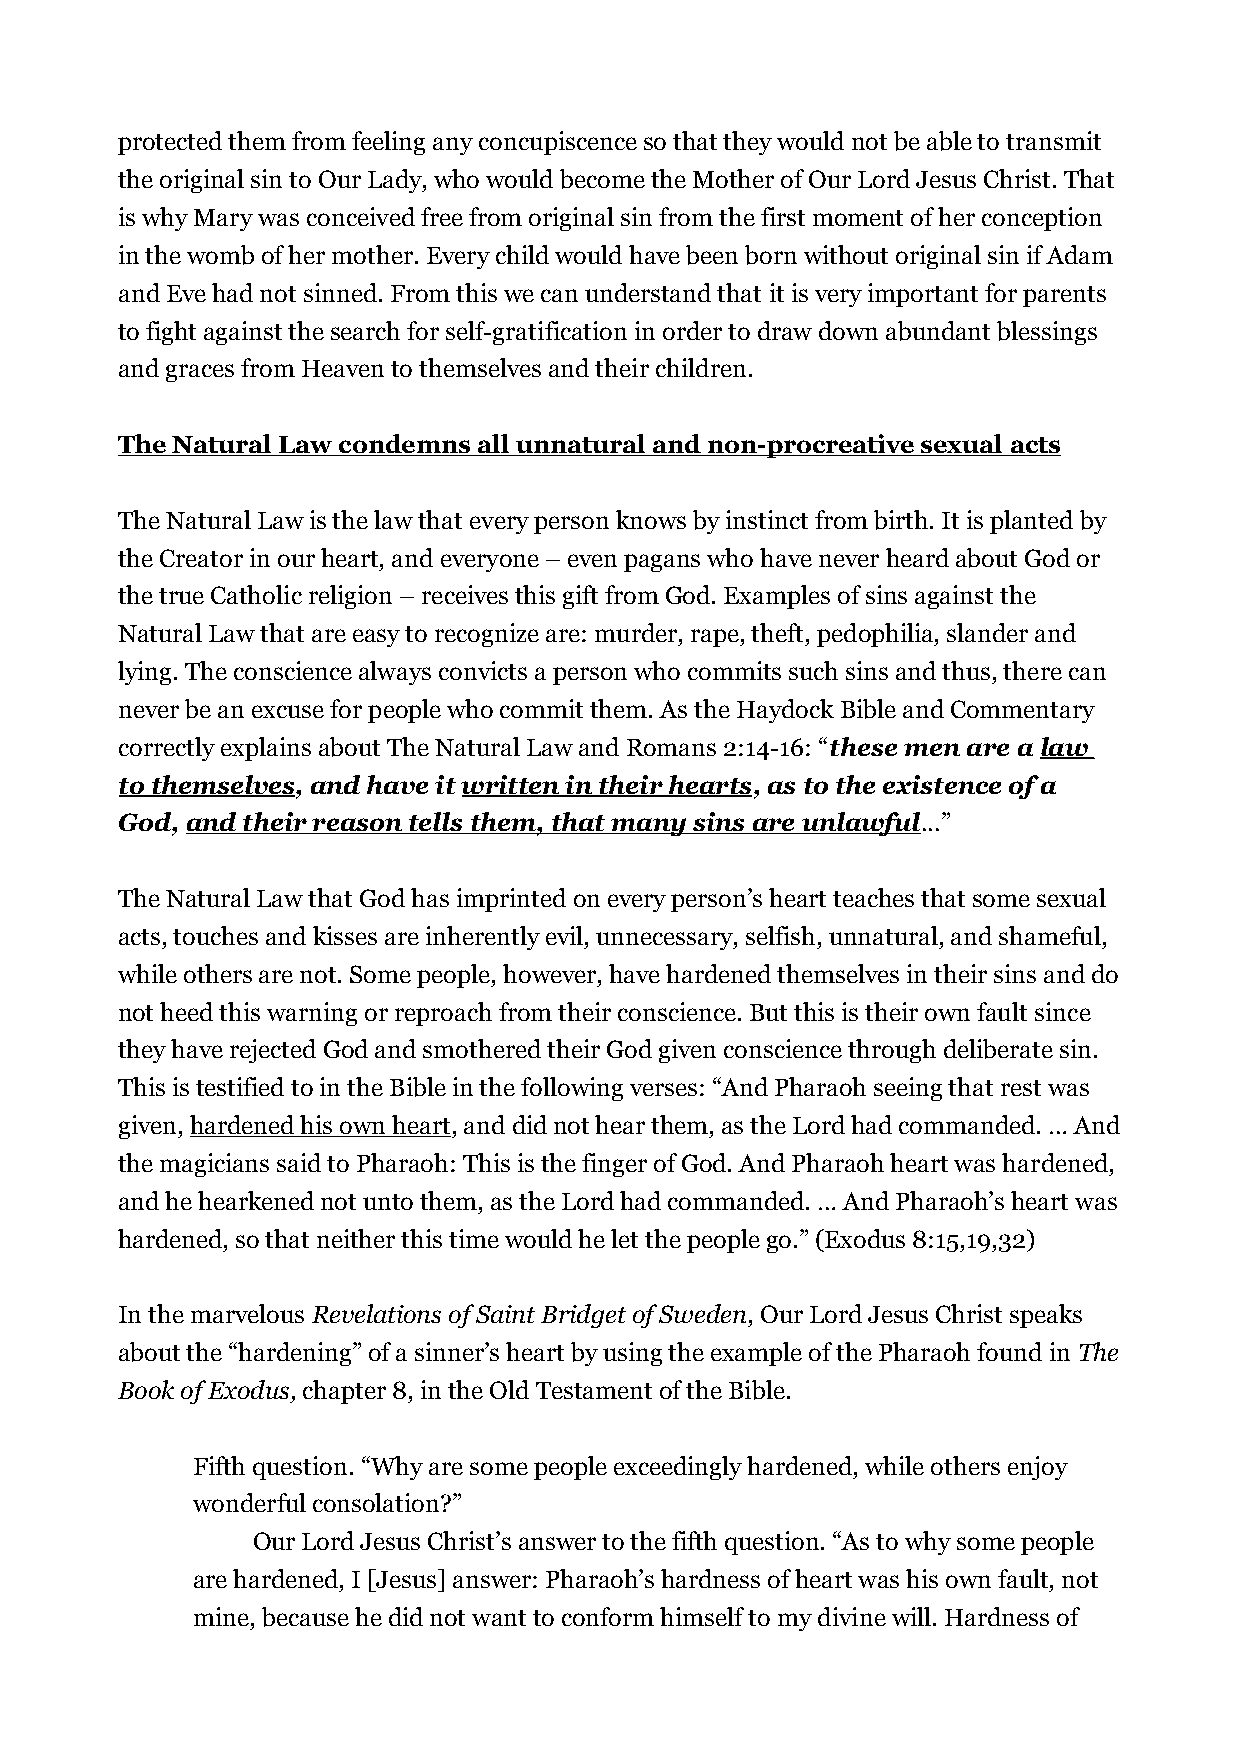
protected them from feeling any concupiscence so that they would not be able to transmit
 the original sin to Our Lady, who would become the Mother of Our Lord Jesus Christ. That
 is why Mary was conceived free from original sin from the first moment of her conception
 in the womb of her mother. Every child would have been born without original sin if Adam
 and Eve had not sinned. From this we can understand that it is very important for parents
 to fight against the search for self-gratification in order to draw down abundant blessings
 and graces from Heaven to themselves and their children.
 The Natural Law condemns all unnatural and non-procreative sexual acts
 The Natural Law is the law that every person knows by instinct from birth. It is planted by
 the Creator in our heart, and everyone – even pagans who have never heard about God or
 the true Catholic religion – receives this gift from God. Examples of sins against the
 Natural Law that are easy to recognize are: murder, rape, theft, pedophilia, slander and
 lying. The conscience always convicts a person who commits such sins and thus, there can
 never be an excuse for people who commit them. As the Haydock Bible and Commentary
 correctly explains about The Natural Law and Romans 2:14-16: “these men are a law
 to themselves, and have it written in their hearts, as to the existence of a
 God, and their reason tells them, that many sins are unlawful...”
 The Natural Law that God has imprinted on every person’s heart teaches that some sexual
 acts, touches and kisses are inherently evil, unnecessary, selfish, unnatural, and shameful,
 while others are not. Some people, however, have hardened themselves in their sins and do
 not heed this warning or reproach from their conscience. But this is their own fault since
 they have rejected God and smothered their God given conscience through deliberate sin.
 This is testified to in the Bible in the following verses: “And Pharaoh seeing that rest was
 given, hardened his own heart, and did not hear them, as the Lord had commanded. … And
 the magicians said to Pharaoh: This is the finger of God. And Pharaoh heart was hardened,
 and he hearkened not unto them, as the Lord had commanded. … And Pharaoh’s heart was
 hardened, so that neither this time would he let the people go.” (Exodus 8:15,19,32)
 In the marvelous Revelations of Saint Bridget of Sweden, Our Lord Jesus Christ speaks
 about the “hardening” of a sinner’s heart by using the example of the Pharaoh found in The
 Book of Exodus, chapter 8, in the Old Testament of the Bible.
 Fifth question. “Why are some people exceedingly hardened, while others enjoy
 wonderful consolation?”
 Our Lord Jesus Christ’s answer to the fifth question. “As to why some people
 are hardened, I [Jesus] answer: Pharaoh’s hardness of heart was his own fault, not
 mine, because he did not want to conform himself to my divine will. Hardness of